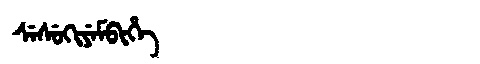
Manchu: ᠰᡝᠰᡠᡴᡳᠶᡝᠮᠪᡳᡥᡝ
Romanization: SESUKIYEMBIHE